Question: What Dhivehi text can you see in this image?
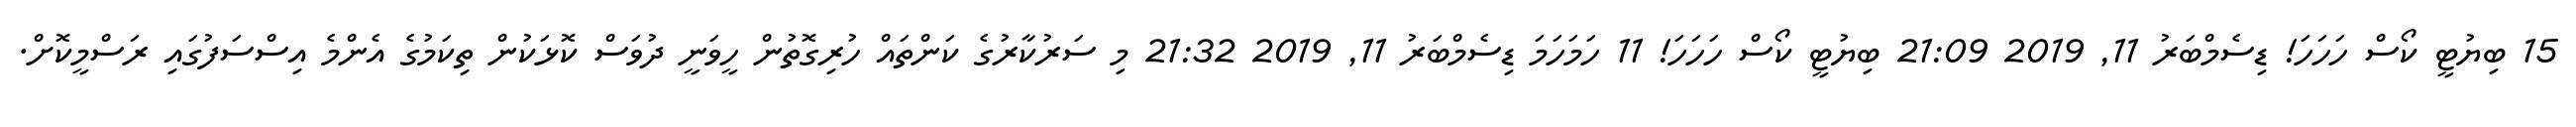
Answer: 15 ބިޔުޓީ ކޯސް ހަހަހަ! ޑިސެމްބަރު 11, 2019 21:09 ބިޔުޓީ ކޯސް ހަހަހަ! 11 ހަމަހަމަ ޑިސެމްބަރު 11, 2019 21:32 މި ސަރުކާރުގެ ކަންތައް ހުރިގޮތުން ހީވަނީ ދުވަސް ކޮޅަކުން ތިކަމުގެ އެންމެ އިސްސަފުގައި ރަސްމީކޮށް.